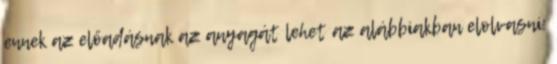
ennek az előadásnak az anyagát lehet az alábbiakban elolvasni: